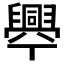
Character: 𦦡